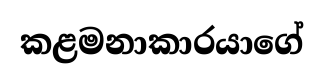
කළමනාකාරයාගේ